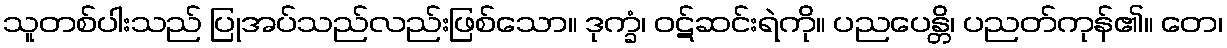
သူတစ်ပါးသည် ပြုအပ်သည်လည်းဖြစ်သော။ ဒုက္ခံ၊ ဝဋ်ဆင်းရဲကို။ ပညပေန္တိ၊ ပညတ်ကုန်၏။ တေ၊